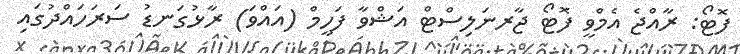
ފޮޓޯ: ރާއްޖެ އެމްވީ ފޮޓޯ ޖާރނަލިސްޓް އަޝްވާ ފަހީމް (އައްވަ) ރާޅުގަނޑު ސަރަހައްދުގައި